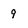
Character: 9